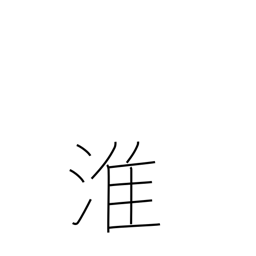
Meaning: name of a Chinese river